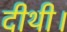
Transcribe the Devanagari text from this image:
दीथी।